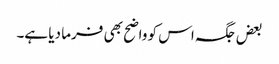
بعض جگہ اس کو واضح بھی فرما دیا ہے۔